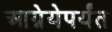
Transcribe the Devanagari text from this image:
आग्नेयेपर्यंत